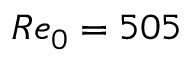
R e _ { 0 } = 5 0 5